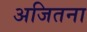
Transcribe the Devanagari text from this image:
अजितना